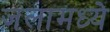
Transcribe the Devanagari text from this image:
जलामध्ये